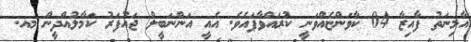
އާމިނަތު ފާއިޒާ 04 ކާވަންޏެއްވަނީ ކުރައްވާފައެވެ. އެއީ އަންނަބީލް ޖައުފަރު ކަމާލުއްދީން މއ.